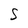
Character: S